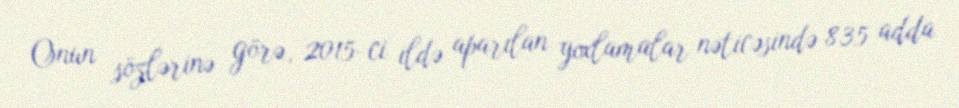
Onun sözlərinə görə, 2015-ci ildə aparılan yoxlamalar nəticəsində 835 adda